Annual administration report of the Civil Veterinary Department, Sind - 1945-1946
Year: 1945
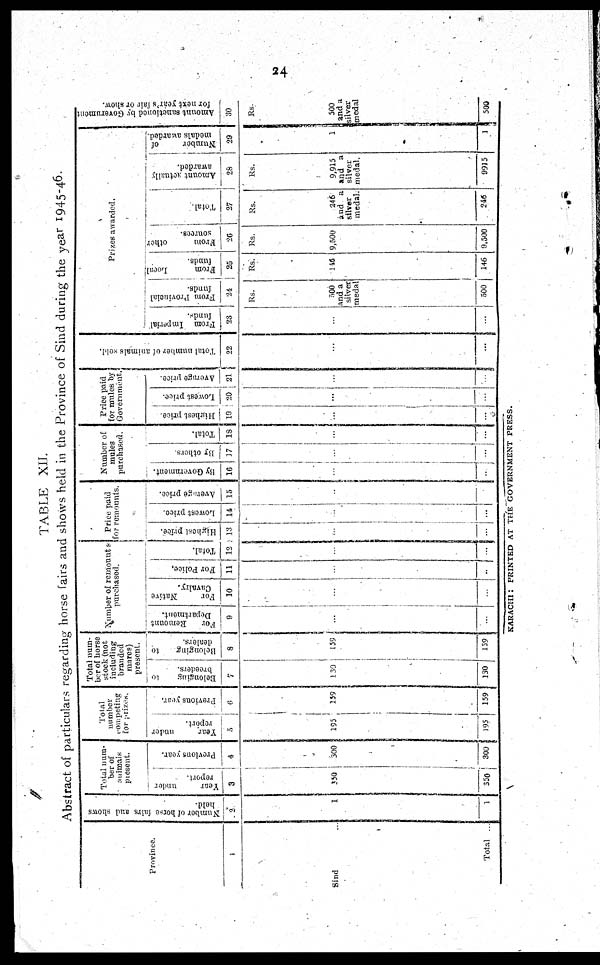
24
TABLE XII.
Abstract of particulars regarding horse fairs and shows held in the Province of Sind during the year 1945-46.
Province.
1
Sind ...
Total ...
Number of horse fairs and shows
held.
2
1
1
Total num-
ber of
animals
present.
Year
under
report.
3
350
350
Previous year.
4
300
300
number
compating
for prizes.
Year
under
report.
5
195
195
Previous year.
6
159
159
Total num-
ber of horse
stock (not
including
branded
mares)
present.
Belonging
to
breeders.
7
130
130
Belonging
to
dealers.
8
159
159
Number of remounts
purchased.
For
Remount
Department.
9
...
...
For
Native
Cavalry.
10
...
...
For Police.
11
...
...
Total.
12
...
...
Price paid
for remounts.
Highest price.
13
...
...
Lowest price.
14
...
...
Average price.
15
...
...
Number of
mules
purchased.
By Government.
16
...
..
By others.
J7
...
...
Total.
18
...
...
Price paid
for mules by
Government.
Highest price.
19
...
...
Lowest price.
20
...
...
Average price.
21
...
...
Total number of animals sold.
22
...
...
Prizes awarded.
From Imperial
funds.
23
...
...
From Provincial
funds.
21.
Rs.
500
and a
silver
medal
500
From
Local
funds.
25
Rs.
116
146
From
other
sources.
26
Rs.
9,500
9,500
Total.
27
Rs.
246
and a
silver
medal.
246
Amount actually
awarded.
2S
Rs.
9,915
and a
silver
medal.
9915
Number
of
medals awarded.
29
1
1
Amount sanctioned by Government
for next year's fair or show.
30
Rs.
500
and a
silver
medal
500
KARACHI : PRINTED AT THE GOVERNMENT PRESS.